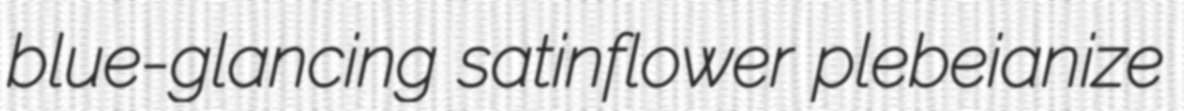
blue-glancing satinflower plebeianize